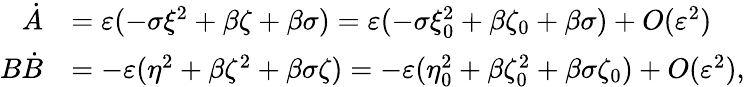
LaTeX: \begin{array}{rl}{\dot{A}}&{=\varepsilon(-\sigma\xi^{2}+\beta\zeta+\beta\sigma)=\varepsilon(-\sigma\xi_{0}^{2}+\beta\zeta_{0}+\beta\sigma)+O(\varepsilon^{2})}\\ {B\dot{B}}&{=-\varepsilon(\eta^{2}+\beta\zeta^{2}+\beta\sigma\zeta)=-\varepsilon(\eta_{0}^{2}+\beta\zeta_{0}^{2}+\beta\sigma\zeta_{0})+O(\varepsilon^{2}),}\end{array}